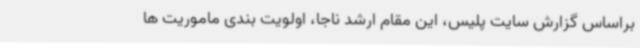
براساس گزارش سایت پلیس، این مقام ارشد ناجا، اولویت بندی ماموریت ها